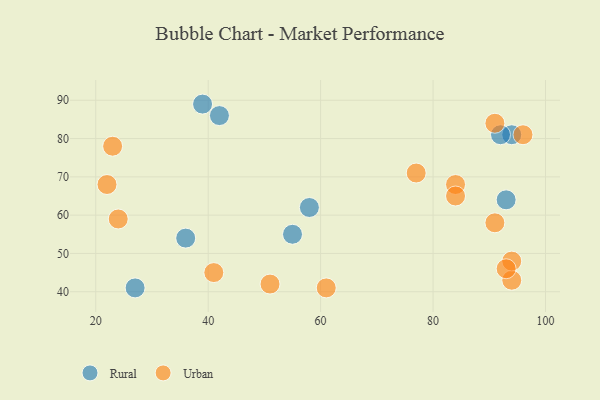
{"axis": {"x": "GDP", "y": "Life Expectancy"}, "legend": ["Rural", "Urban"], "data": [{"x": "93", "y": 64, "type": "Rural"}, {"x": "55", "y": 55, "type": "Rural"}, {"x": "39", "y": 89, "type": "Rural"}, {"x": "36", "y": 54, "type": "Rural"}, {"x": "94", "y": 81, "type": "Rural"}, {"x": "58", "y": 62, "type": "Rural"}, {"x": "27", "y": 41, "type": "Rural"}, {"x": "92", "y": 81, "type": "Rural"}, {"x": "42", "y": 86, "type": "Rural"}, {"x": "84", "y": 68, "type": "Urban"}, {"x": "77", "y": 71, "type": "Urban"}, {"x": "84", "y": 65, "type": "Urban"}, {"x": "22", "y": 68, "type": "Urban"}, {"x": "91", "y": 84, "type": "Urban"}, {"x": "91", "y": 58, "type": "Urban"}, {"x": "24", "y": 59, "type": "Urban"}, {"x": "51", "y": 42, "type": "Urban"}, {"x": "94", "y": 43, "type": "Urban"}, {"x": "94", "y": 48, "type": "Urban"}, {"x": "93", "y": 46, "type": "Urban"}, {"x": "41", "y": 45, "type": "Urban"}, {"x": "96", "y": 81, "type": "Urban"}, {"x": "61", "y": 41, "type": "Urban"}, {"x": "23", "y": 78, "type": "Urban"}]}